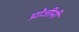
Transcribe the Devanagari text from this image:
प्रोजीनी